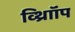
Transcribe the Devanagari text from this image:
व्थ्राॉिंप